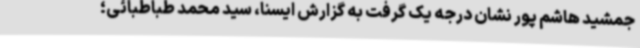
جمشید هاشم پور نشان درجه یک گرفت به گزارش ایسنا، سید محمد طباطبائی؛